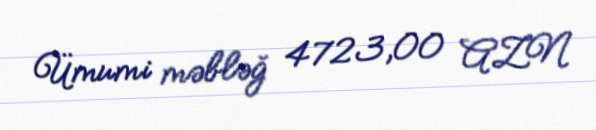
Ümumi məbləğ 4723,00 AZN